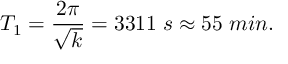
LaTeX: T _ { 1 } = { \frac { 2 \pi } { \sqrt { k } } } = 3 3 1 1 \; s \approx 5 5 \; m i n .